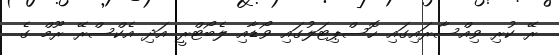
ރޭ ކުރި ވިއްސާރައިގައި ހޮސްޕިޓަލުގައި ވޯޑާއި ލެބޯޓްރީ އަދި އެކްސްރޭ ރޫމް ގެ